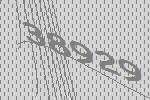
38929